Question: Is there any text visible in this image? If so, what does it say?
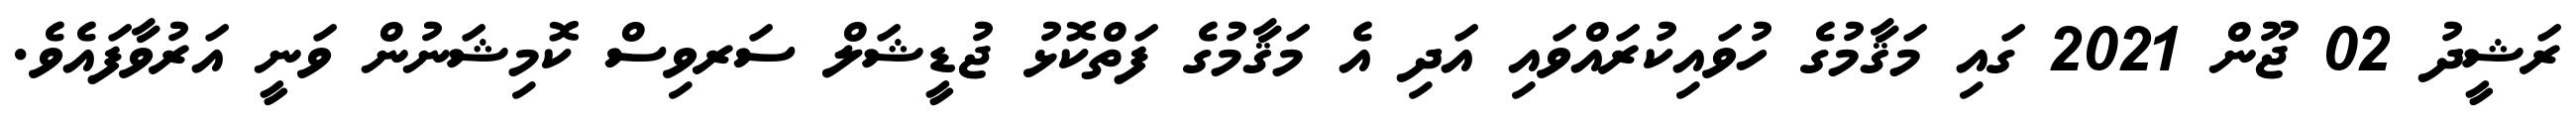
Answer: ރަޝީދު 02 ޖޫން 2021 ގައި މަޤާމުގެ ހުވައިކުރައްވައި އަދި އެ މަޤާމުގެ ފަތްކޮޅު ޖުޑީޝަލް ސަރވިސް ކޮމިޝަނުން ވަނީ އަރުވާފައެވެ.